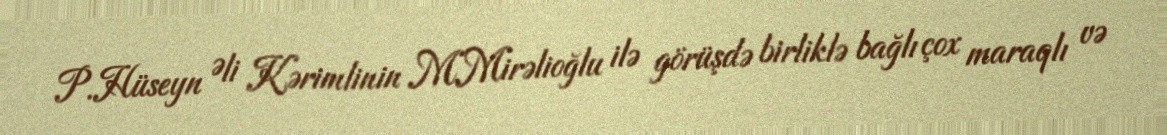
P.Hüseyn Əli Kərimlinin M.Mirəlioğlu ilə görüşdə birliklə bağlı çox maraqlı və